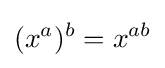
(x^{a})^{b}=x^{ab}